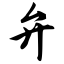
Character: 弁